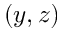
( y , z )